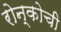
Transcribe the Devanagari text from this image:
रोन्कोची